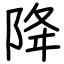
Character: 降